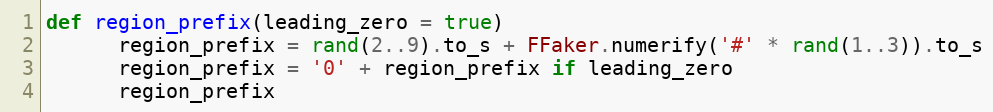
Language: Ruby
def region_prefix(leading_zero = true)
      region_prefix = rand(2..9).to_s + FFaker.numerify('#' * rand(1..3)).to_s
      region_prefix = '0' + region_prefix if leading_zero
      region_prefix